Senior Leaving Certificate Examination (including Day School Certificate (Higher) General paper), 1948
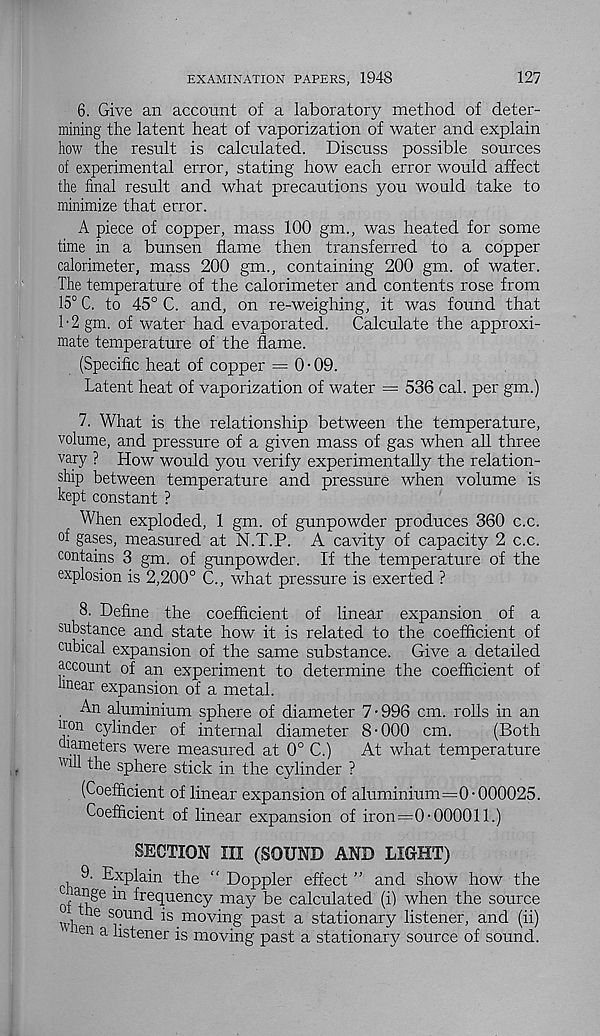
EXAMINATION PAPERS, 1948
127
6. Give an account of a laboratory method of deter-
mining the latent heat of vaporization of water and explain
how the result is calculated. Discuss possible sources
of experimental error, stating how each error would affect
the final result and what precautions you would take to
minimize that error.
A piece of copper, mass 100 gm., was heated for some
time in a bunsen flame then transferred to a copper
calorimeter, mass 200 gm., containing 200 gm. of water.
The temperature of the calorimeter and contents rose from
15° C. to 45° C. and, on re-weighing, it was found that
1'2 gm. of water had evaporated.
Calculate the approxi-
mate temperature of the flame.
(Specific heat of copper = 0 • 09.
Latent heat of vaporization of water = 536 cal. per gm.)
7. What is the relationship between the temperature,
volume, and pressure of a given mass of gas when all three
vary ? How would you verify experimentally the relation-
ship between temperature and pressure when volume is
kept constant ?
When exploded, 1 gm. of gunpowder produces 360 c.c.
of gases, measured at N.T.P. A cavity of capacity 2 c.c.
contains 3 gm. of gunpowder. If the temperature of the
explosion is 2,200° C., what pressure is exerted ?
8. Define the coefficient of linear expansion of a
substance and state how it is related to the coefficient of
cubical expansion of the same substance. Give a detailed
account of an experiment to determine the coefficient of
linear expansion of a metal.
. An aluminium sphere of diameter 7-996 cm. rolls in an
iron cylinder of internal diameter 8-000 cm.
(Both
diameters were measured at 0° C.)
At what temperature
"'ill the sphere stick in the cylinder ?
(Coefficient of linear expansion of aluminium=0 • 000025.
Coefficient of linear expansion of iron=0-000011.)
SECTION III (SOUND AND LIGHT)
9. Explain the “ Doppler effect ” and show how the
o» e
frequency may be calculated (i) when the source
\vh
S0unc^ ^ mov i n g past a stationary listener, and (ii)
en a Lstener is moving past a stationary source of sound.